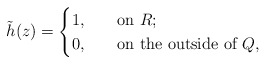
\begin{align*}\tilde{h}(z)=\begin{cases} 1,&\quad\mbox{on $R$;}\\0,&\quad\mbox{on the outside of $Q$}, \end{cases}\end{align*}